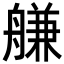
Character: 𦩵